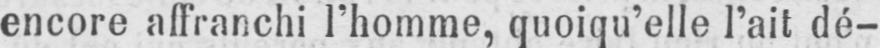
encore affranchi l’homme, quoiqu’elle l’ait dé-